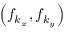
\left( f _ { k _ { x } } , f _ { k _ { y } } \right)